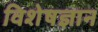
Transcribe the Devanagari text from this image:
विशेषज्ञान